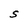
Character: S